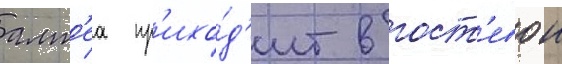
алт'еа пр'ихо́д'ит в гост'евои